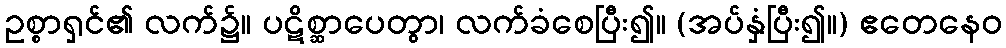
ဥစ္စာရှင်၏ လက်၌။ ပဋိစ္ဆာပေတွာ၊ လက်ခံစေပြီး၍။ (အပ်နှံပြီး၍။) ဧတေနေဝ